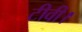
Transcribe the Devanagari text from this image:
टीवी।